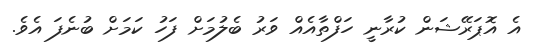
އެ އޮޕަރޭޝަން ކުރާނީ ހަފްތާއެއް ވަރު ބެލުމަށް ފަހު ކަމަށް ބުނެފަ އެވެ.